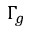
\Gamma _ { g }